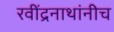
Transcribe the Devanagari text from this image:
रवींद्रनाथांनीच